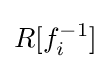
R[f_{i}^{-1}]